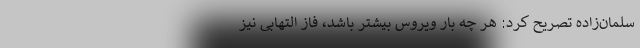
سلمان‌زاده تصریح کرد: هر چه بار ویروس بیشتر باشد، فاز التهابی نیز